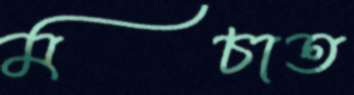
মচাত